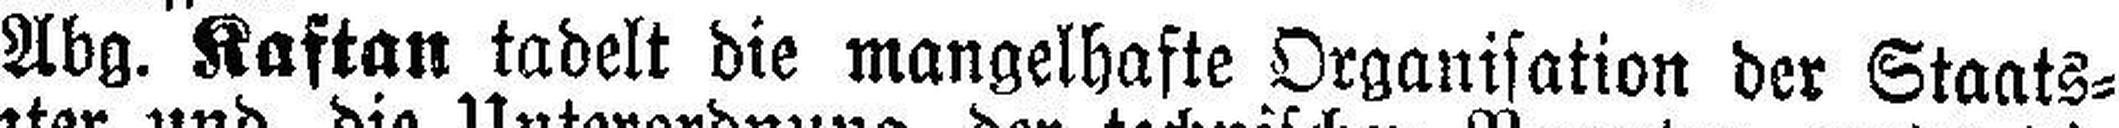
Abg. Kaftan tadelt die mangelhafte Organisation der Staats¬